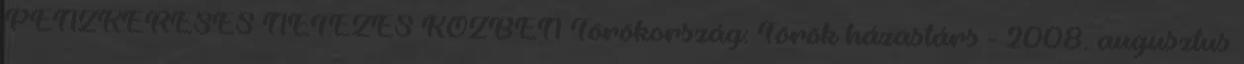
PÉNZKERESÉS NETEZÉS KÖZBEN Törökország: Török házastárs - 2008. augusztus